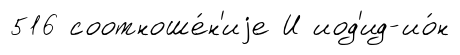
516 соотноше́н'иjе И иод'ид-ио́н